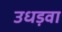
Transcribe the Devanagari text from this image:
उधड़वा